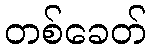
တစ်ခေတ်